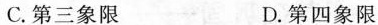
C.第三象限 D.第四象限